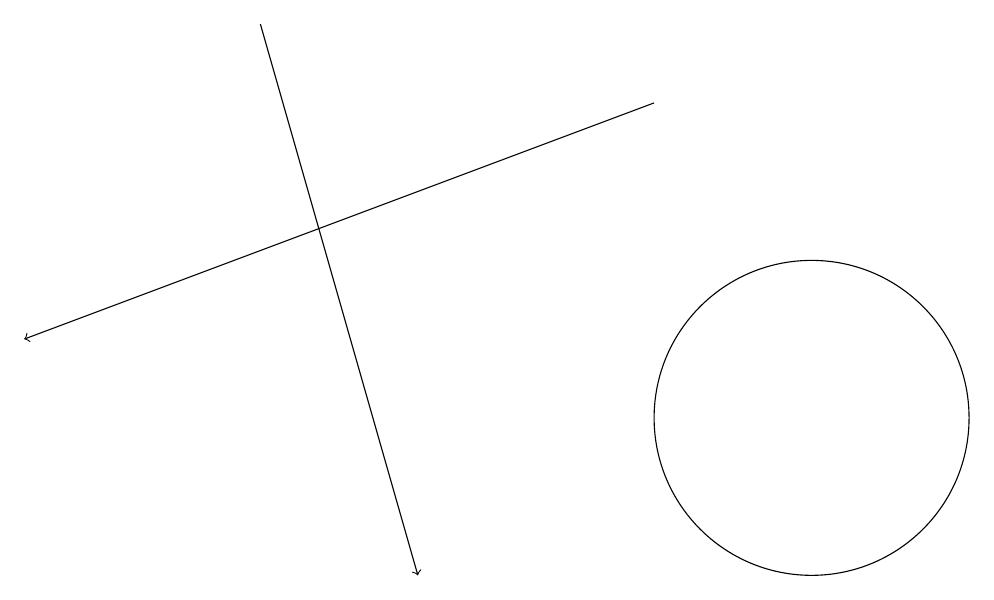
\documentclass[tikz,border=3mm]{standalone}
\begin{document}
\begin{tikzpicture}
\draw[->] (9,16) -- (1,13);
\draw (11,12) circle (2);
\draw[->] (4,17) -- (6,10);
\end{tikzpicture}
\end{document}